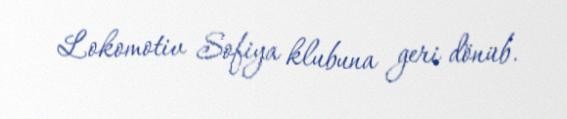
Lokomotiv Sofiya klubuna geri dönüb.